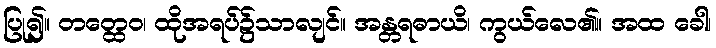
ပြု၍။ တတ္ထေဝ၊ ထိုအရပ်၌သာလျင်။ အန္တရဓာယိ၊ ကွယ်လေ၏။ အထ ခေါ၊